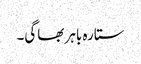
ستارہ باہر بھاگی۔